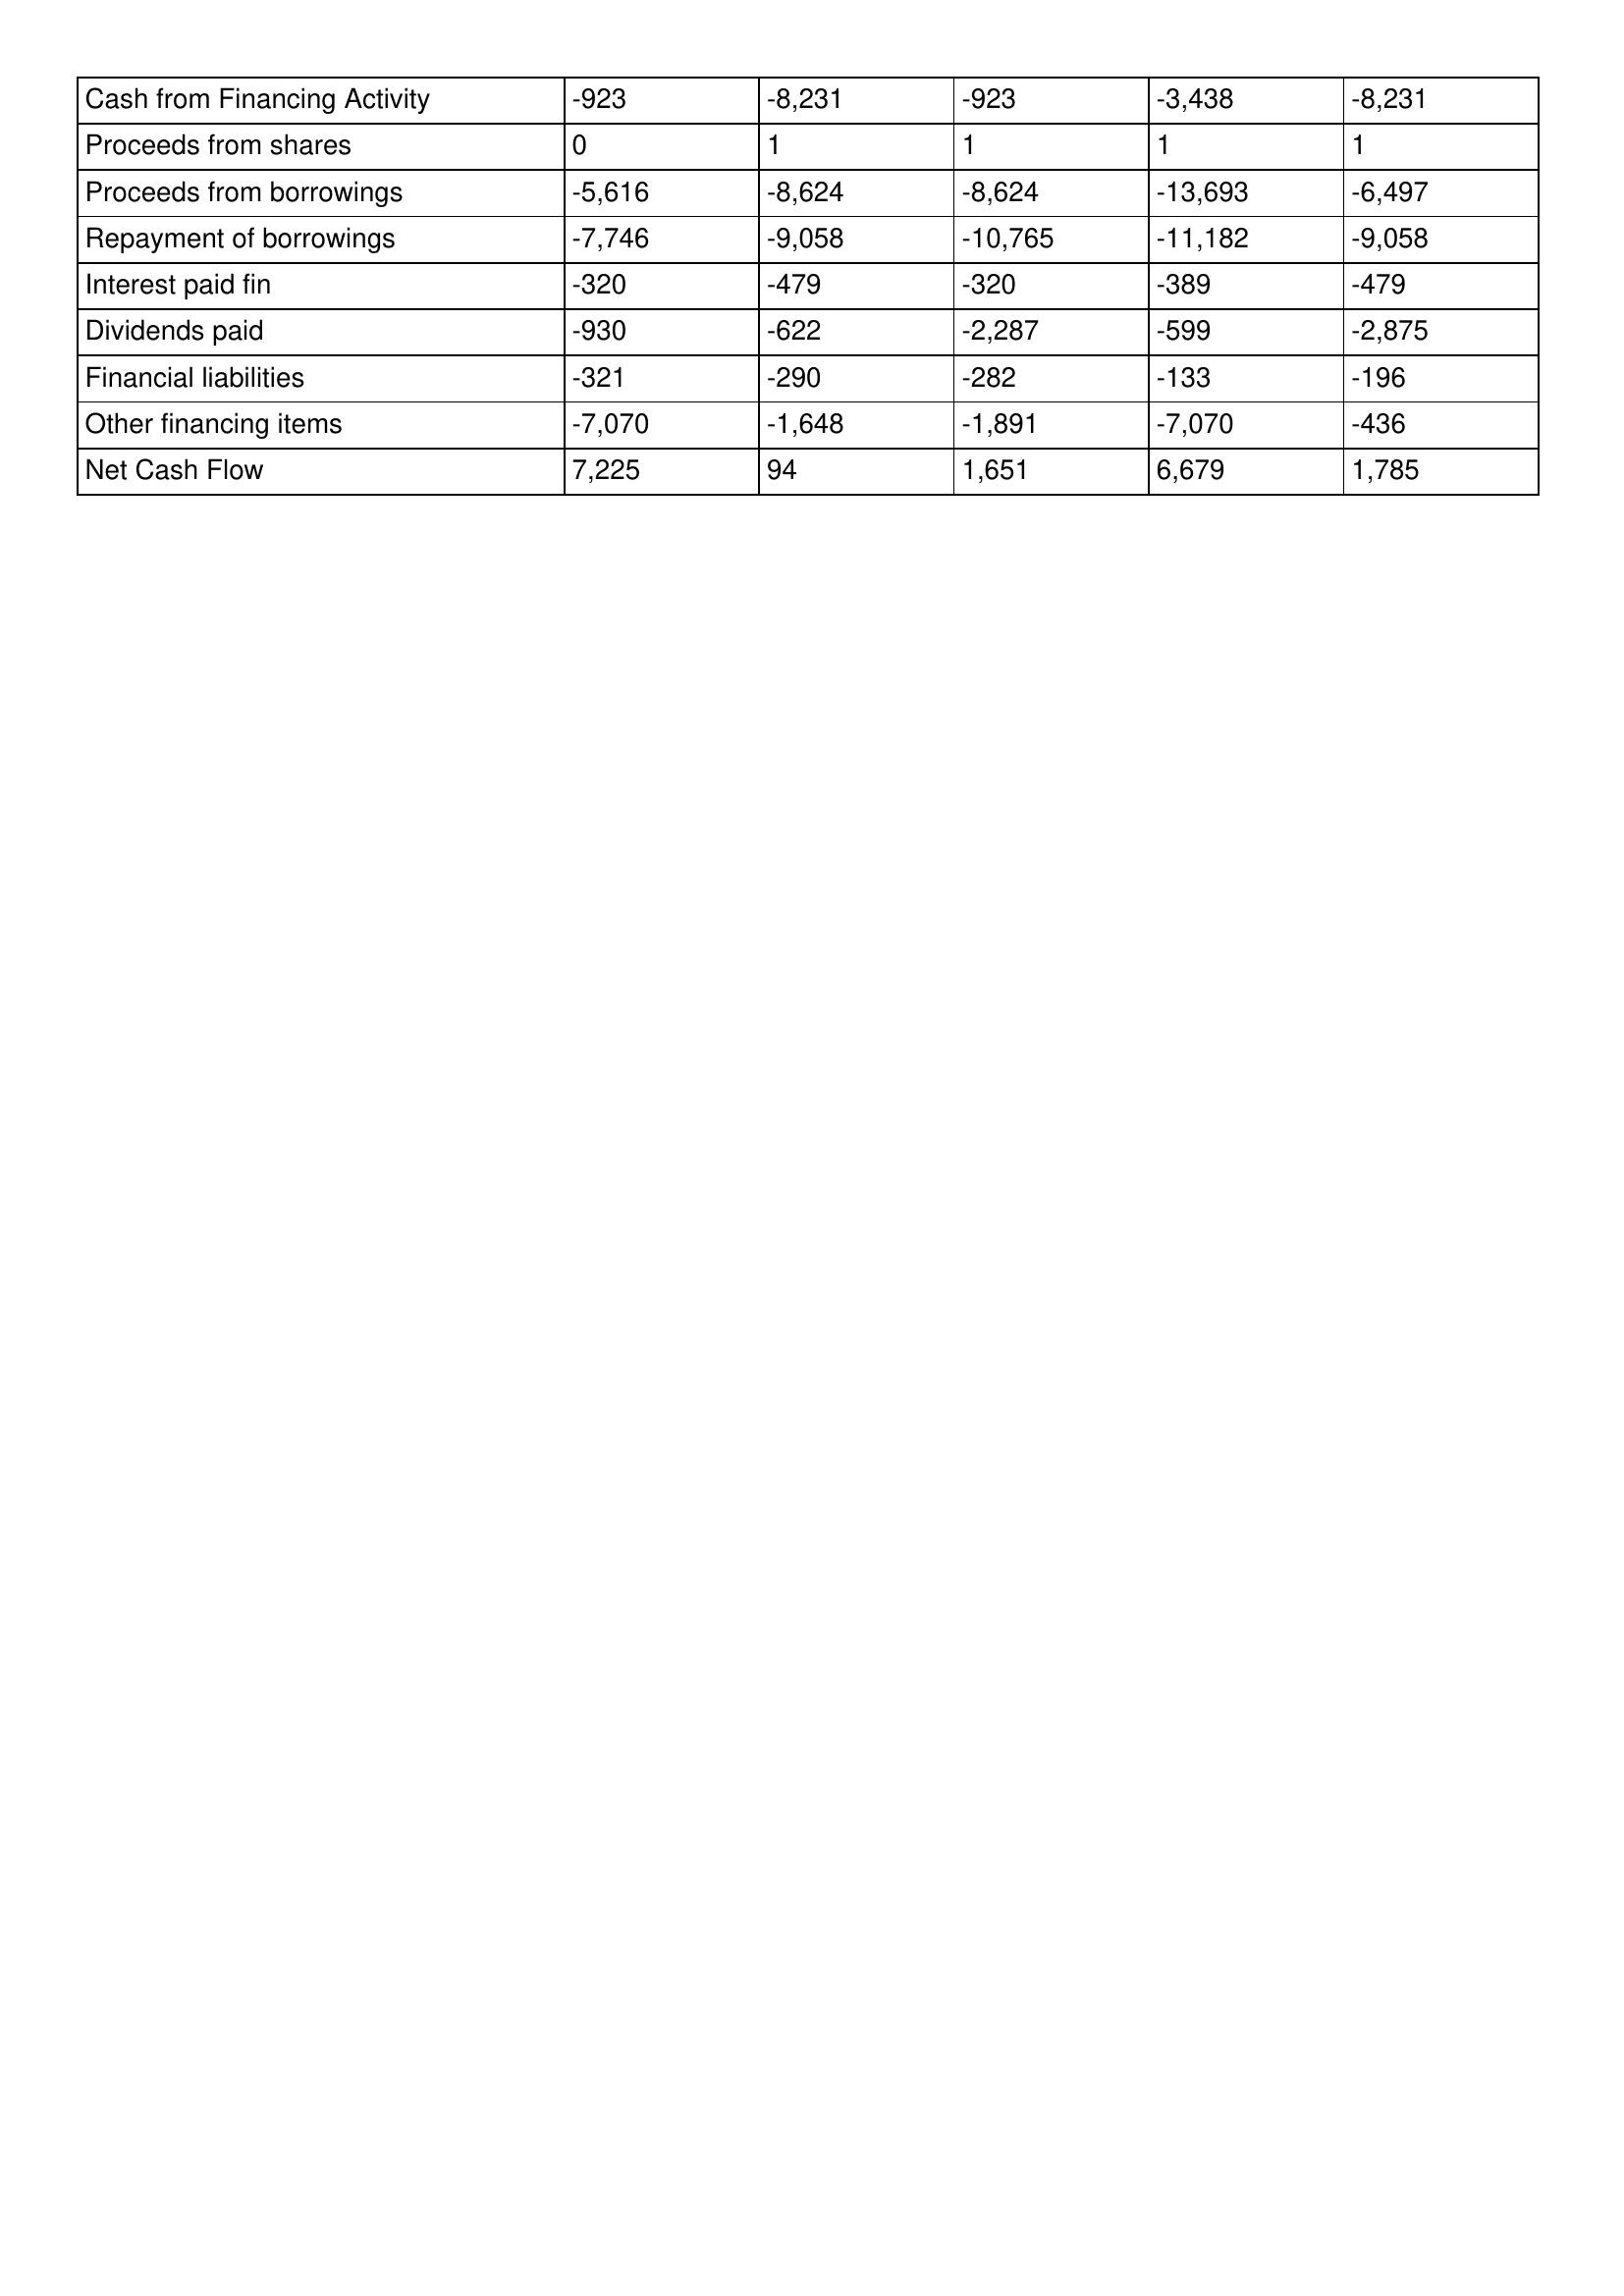
gt_parse: 2005: Cash Flows: Cash from Financing Activity: -923
Proceeds from shares: 0
Proceeds from borrowings: -5,616
Repayment of borrowings: -7,746
Interest paid fin: -320
Dividends paid: -930
Financial liabilities: -321
Other financing items: -7,070
Net Cash Flow: 7,225
2004: Cash Flows: Cash from Financing Activity: -8,231
Proceeds from shares: 1
Proceeds from borrowings: -8,624
Repayment of borrowings: -9,058
Interest paid fin: -479
Dividends paid: -622
Financial liabilities: -290
Other financing items: -1,648
Net Cash Flow: 94
2003: Cash Flows: Cash from Financing Activity: -923
Proceeds from shares: 1
Proceeds from borrowings: -8,624
Repayment of borrowings: -10,765
Interest paid fin: -320
Dividends paid: -2,287
Financial liabilities: -282
Other financing items: -1,891
Net Cash Flow: 1,651
2002: Cash Flows: Cash from Financing Activity: -3,438
Proceeds from shares: 1
Proceeds from borrowings: -13,693
Repayment of borrowings: -11,182
Interest paid fin: -389
Dividends paid: -599
Financial liabilities: -133
Other financing items: -7,070
Net Cash Flow: 6,679
2001: Cash Flows: Cash from Financing Activity: -8,231
Proceeds from shares: 1
Proceeds from borrowings: -6,497
Repayment of borrowings: -9,058
Interest paid fin: -479
Dividends paid: -2,875
Financial liabilities: -196
Other financing items: -436
Net Cash Flow: 1,785